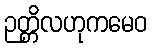
ဉတ္တိလဟုကမေဝ